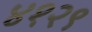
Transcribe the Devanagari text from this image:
४१२९